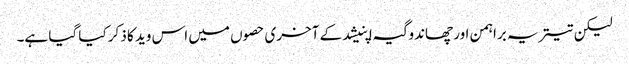
لیکن تیتریہ براہمن اور چھاندوگیہ اپنیشد کے آخری حصوں میں اس وید کا ذکر کیا گیا ہے۔